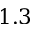
1 . 3